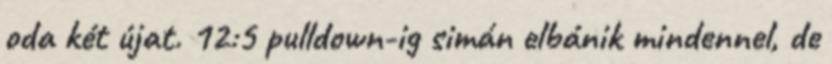
oda két újat. 12:5 pulldown-ig simán elbánik mindennel, de